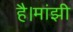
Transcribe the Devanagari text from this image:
है।मांझी